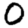
Digit: 0